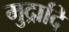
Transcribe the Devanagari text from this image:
मुद्रादि